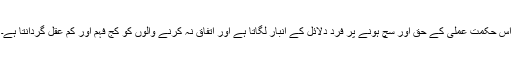
اس حکمت عملی کے حق اور سچ ہونے پر فرد دلائل کے انبار لگاتا ہے اور اتفاق نہ کرنے والوں کو کج فہم اور کم عقل گردانتا ہے۔